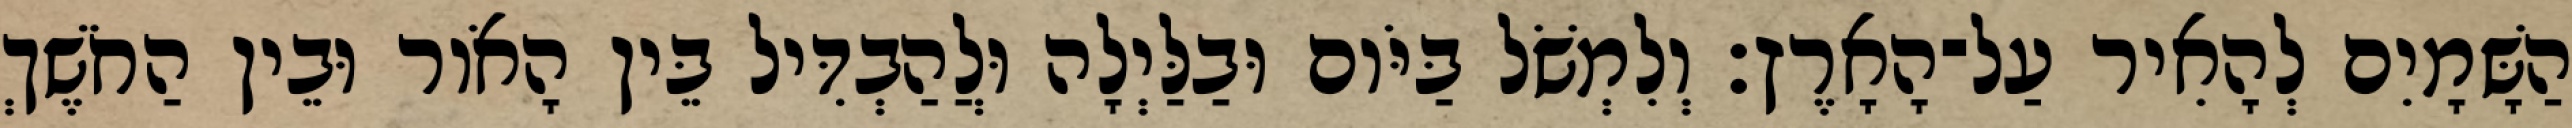
הַשָּׁמָיִם לְהָאִיר עַל־הָאָרֶץ׃ וְלִמְשֹׁל בַּיֹּום וּבַלַּיְלָה וּלֲהַבְדִּיל בֵּין הָאֹור וּבֵין הַחֹשֶׁךְ